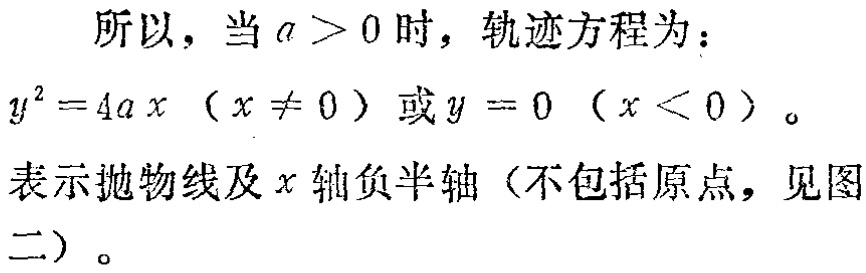
所以，当 \(a > 0\) 时，轨迹方程为：
\(y^{2}=4ax\ (x\neq 0)\) 或 \(y = 0\ (x < 0)\)。
表示抛物线及 \(x\) 轴负半轴（不包括原点，见图二）。